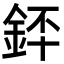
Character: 銔